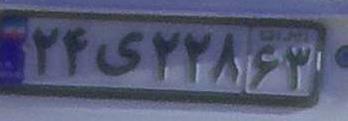
۲۴ی۲۲۸۶۳